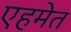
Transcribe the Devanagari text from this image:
एहमेत